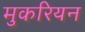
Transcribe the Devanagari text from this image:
मुकरियन